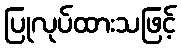
ပြုလုပ်ထားသဖြင့်